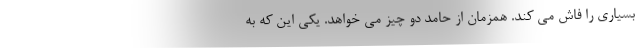
بسیاری را فاش می کند. همزمان از حامد دو چیز می خواهد. یکی این که به